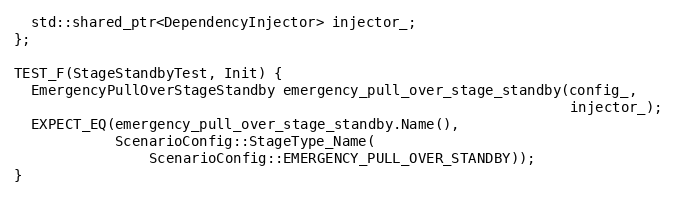
Language: C++
  std::shared_ptr<DependencyInjector> injector_;
};

TEST_F(StageStandbyTest, Init) {
  EmergencyPullOverStageStandby emergency_pull_over_stage_standby(config_,
                                                                  injector_);
  EXPECT_EQ(emergency_pull_over_stage_standby.Name(),
            ScenarioConfig::StageType_Name(
                ScenarioConfig::EMERGENCY_PULL_OVER_STANDBY));
}